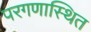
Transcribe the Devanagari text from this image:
परगणास्थित